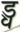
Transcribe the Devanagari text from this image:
ड्च